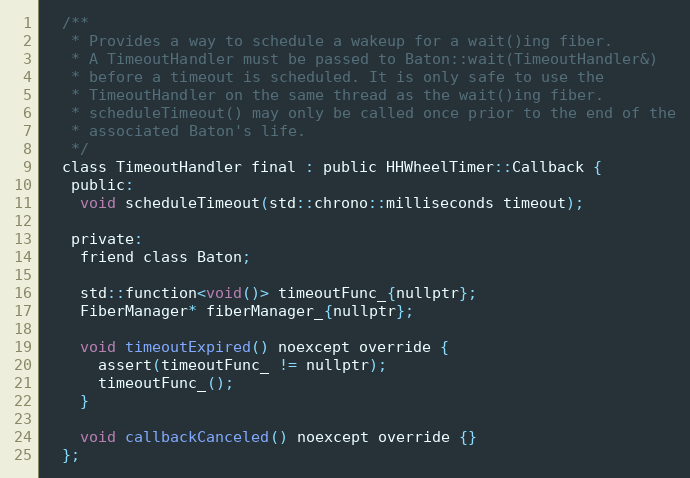
Language: C
  /**
   * Provides a way to schedule a wakeup for a wait()ing fiber.
   * A TimeoutHandler must be passed to Baton::wait(TimeoutHandler&)
   * before a timeout is scheduled. It is only safe to use the
   * TimeoutHandler on the same thread as the wait()ing fiber.
   * scheduleTimeout() may only be called once prior to the end of the
   * associated Baton's life.
   */
  class TimeoutHandler final : public HHWheelTimer::Callback {
   public:
    void scheduleTimeout(std::chrono::milliseconds timeout);

   private:
    friend class Baton;

    std::function<void()> timeoutFunc_{nullptr};
    FiberManager* fiberManager_{nullptr};

    void timeoutExpired() noexcept override {
      assert(timeoutFunc_ != nullptr);
      timeoutFunc_();
    }

    void callbackCanceled() noexcept override {}
  };